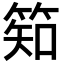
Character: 𥯌